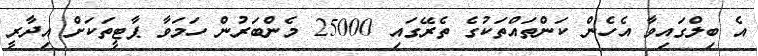
އެ ބިލްގައިވާ އެހެން ކަންތައްތަކުގެ ތެރޭގައި 25000 މެންބަރުން ހަމަވާ ޕާޓީތަކަށް އިދާރީ